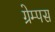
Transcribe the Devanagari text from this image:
ग्रेम्पस